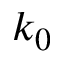
k _ { 0 }